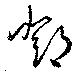
鄧